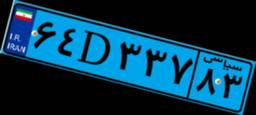
۹۴D۳۱۲۱۳